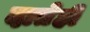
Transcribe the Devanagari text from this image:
दातेही